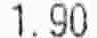
1.90